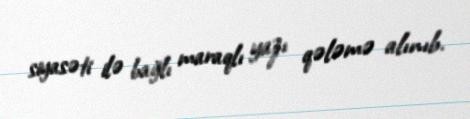
siyasəti ilə bağlı maraqlı yazı qələmə alınıb.